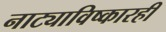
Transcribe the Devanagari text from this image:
नाट्याविष्कारही